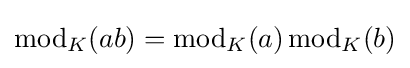
\operatorname {mod} _{K}(ab)=\operatorname {mod} _{K}(a)\operatorname {mod} _{K}(b)